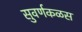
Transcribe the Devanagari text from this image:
सुवर्णकळस